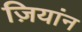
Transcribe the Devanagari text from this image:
ज़ियांन